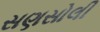
સણસોલી